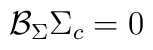
{\cal B}_\Sigma \Sigma_c = 0